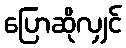
ပြောဆိုလျှင်